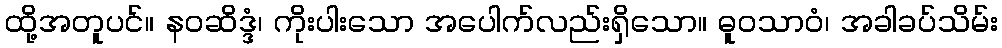
ထို့အတူပင်။ နဝဆိဒ္ဒံ၊ ကိုးပါးသော အပေါက်လည်းရှိသော။ ဓူဝသာဝံ၊ အခါခပ်သိမ်း